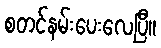
စတင်နမ်းပေးလေပြီ။